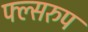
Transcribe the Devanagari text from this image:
फ्ल्सरुप